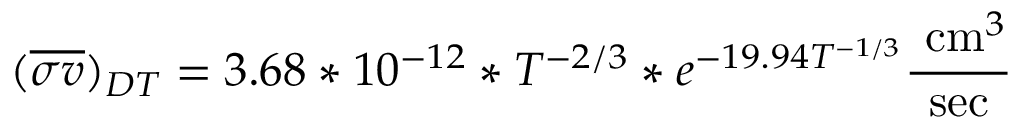
( { \overline { { \sigma v } } } ) _ { D T } = 3 . 6 8 * 1 0 ^ { - 1 2 } * T ^ { - 2 / 3 } * e ^ { - 1 9 . 9 4 T ^ { - 1 / 3 } } { \frac { { \mathrm { ~ c m } } ^ { 3 } } { \mathrm { s e c } } }